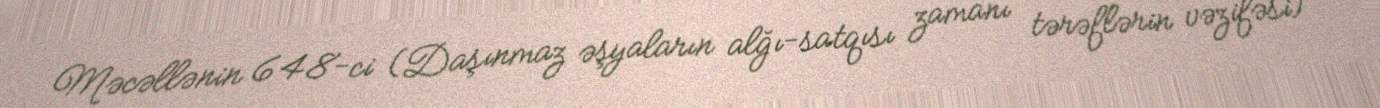
Məcəllənin 648-ci (Daşınmaz əşyaların alğı-satqısı zamanı tərəflərin vəzifəsi)